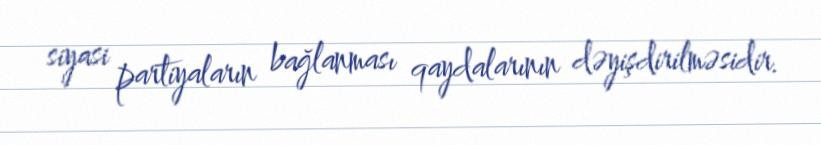
siyasi partiyaların bağlanması qaydalarının dəyişdirilməsidir.